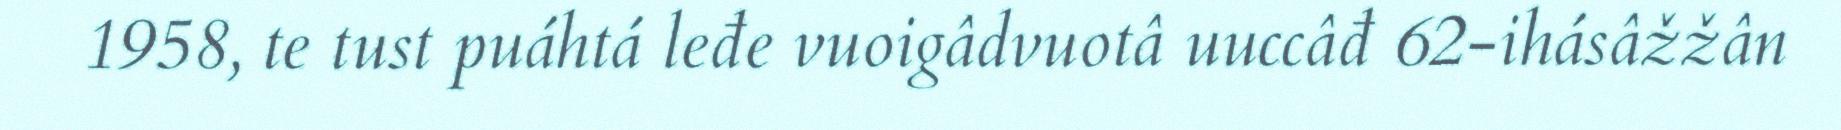
1958, te tust puáhtá leđe vuoigâdvuotâ uuccâđ 62-ihásâžžân